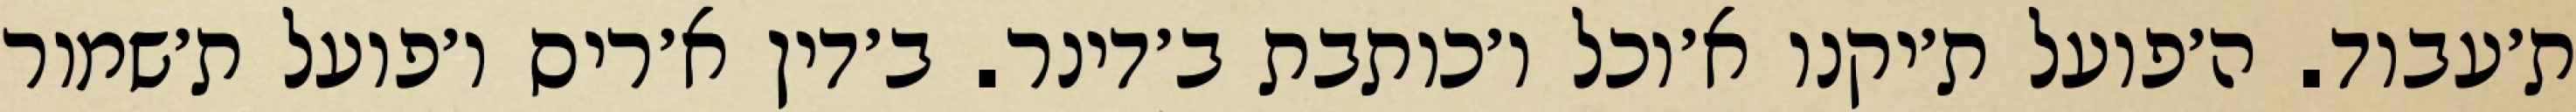
ת׳עבוד. ה׳פועל ת׳יקנו א׳וכל ו׳כותבת ב׳דינר. ב׳דין א׳ריס ו׳פועל ת׳שמור